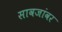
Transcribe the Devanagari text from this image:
सावजांवर